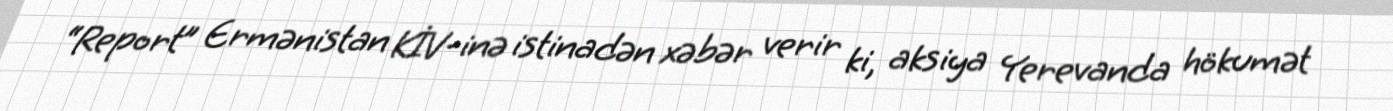
“Report” Ermənistan KİV-inə istinadən xəbər verir ki, aksiya Yerevanda hökumət